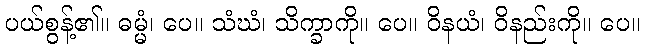
ပယ်စွန့်၏။ ဓမ္မံ၊ ပေ။ သံဃံ၊ သိက္ခာကို။ ပေ။ ဝိနယံ၊ ဝိနည်းကို။ ပေ။